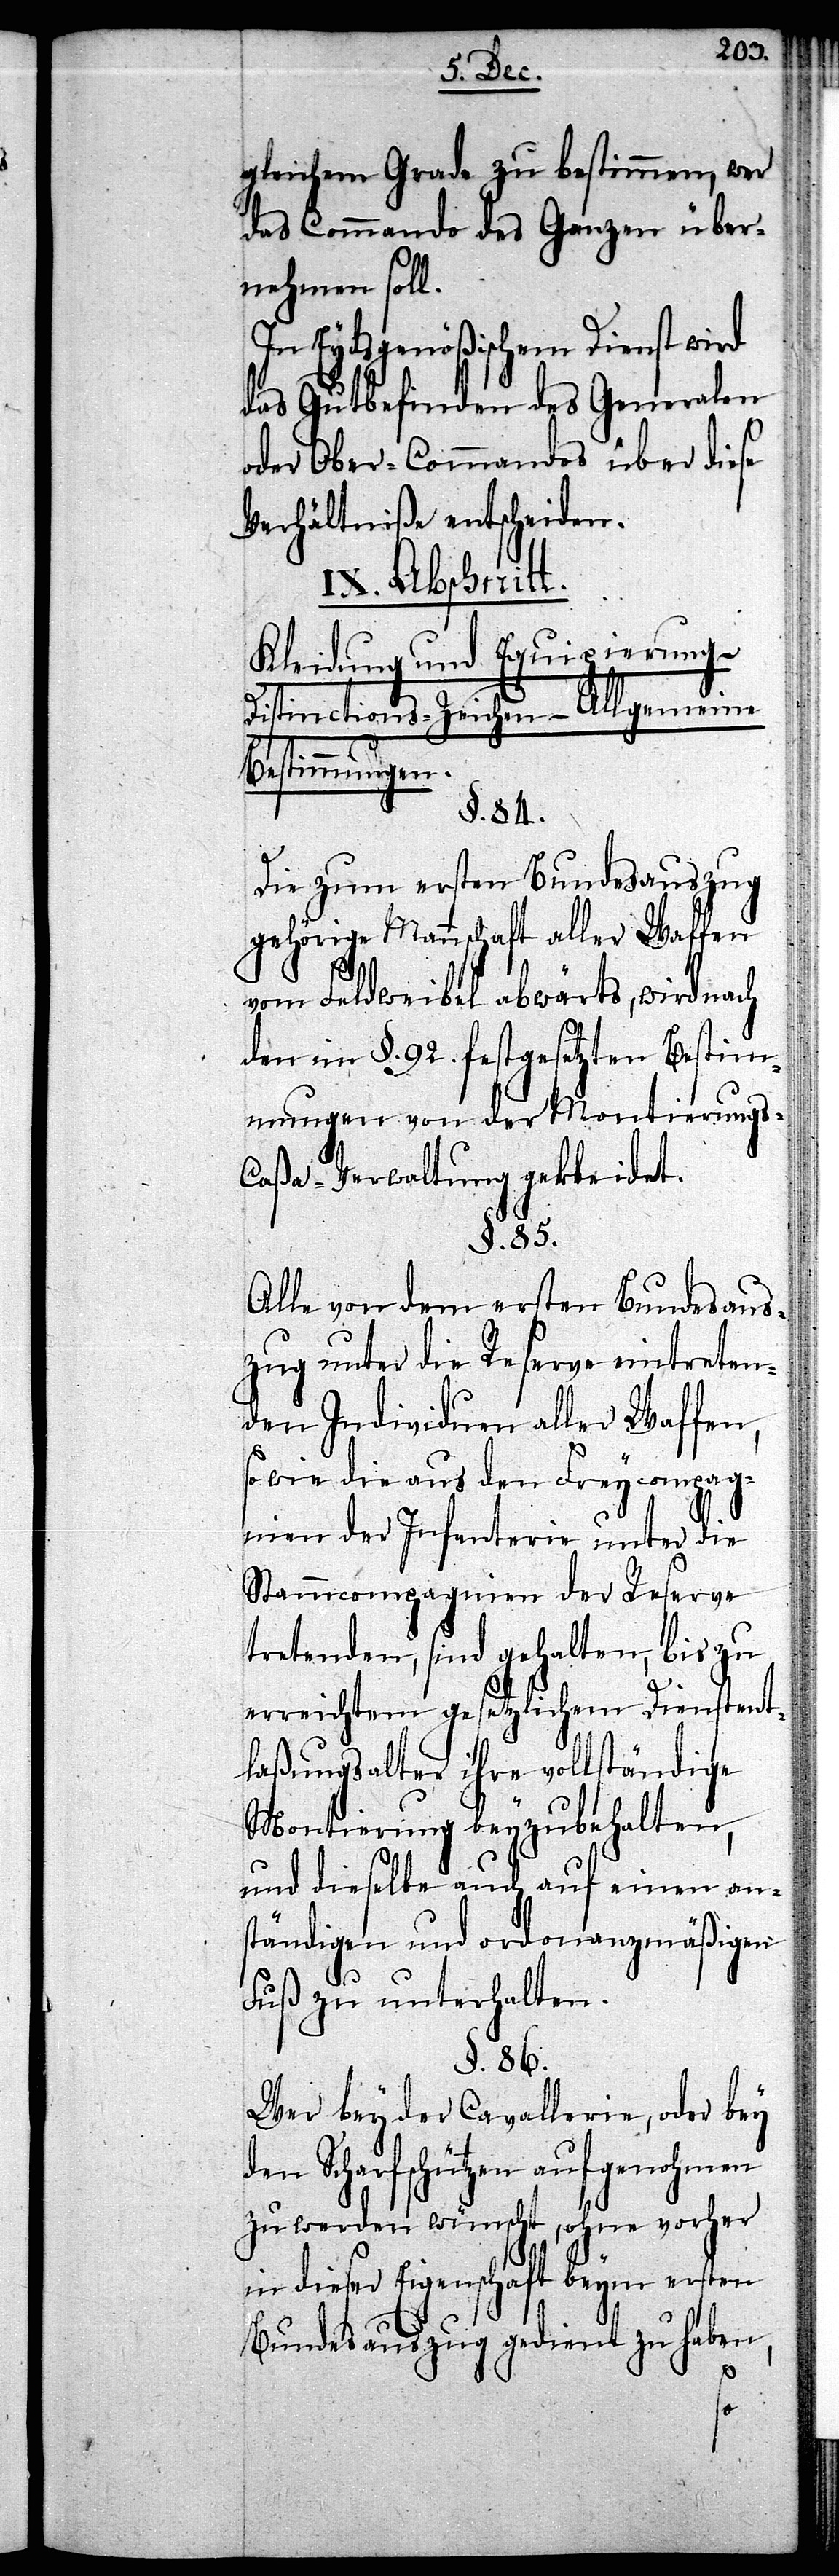
gleichem Grade zu bestimmen, wer
das Commando des Ganzen über¬
nehmen soll.
In Eydsgenößischem Dienst
das Gutbefinden des Generalen
oder Ober-Commandos über diese
Verhältniße entscheiden.
IX. Abschnitt.
Kleidung und Equipierung –
Distinctions-Zeichen – Allgemeine
Bestimmungen.
§. 84.
Die zum ersten Bundesauszug
gehörige Mannschaft aller Waffen
vom Feldweibel abwärts, wird nach
den im §. 92. festgesetzten Bestim¬
mungen von der Montierungs-C¬
aßa-Verwaltung gekleidet.
§. 85.
Alle von dem ersten Bundesaus¬
zug unter die Reserve eintreten¬
den Individuen aller Waffen,
so wie die aus den Freycompag¬
nien der Infanterie unter die
Stammcompagnien der Reserve
tretenden, sind gehalten, bis zu
erreichtem gesetzlichem Dienstent¬
laßungsalter ihre vollständige
Montierung beyzubehalten,
und dieselbe auch auf einen ans¬
tändigen und ordonanzmäßigen
Fuß zu unterhalten.
§. 86.
Wer bey der Cavallerie, oder bey
en Scharfschützen aufgenohmen
zu werden wünscht, ohne vorher
in dieser Eigenschaft beym ersten
Bundesauszug gedient zu haben,
d¬